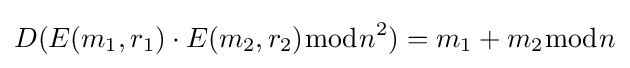
D(E(m_{1},r_{1})\cdot E(m_{2},r_{2}){\bmod {n}}^{2})=m_{1}+m_{2}{\bmod {n}}